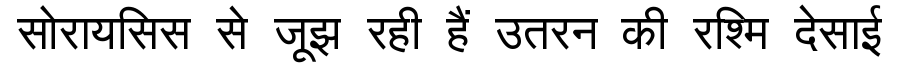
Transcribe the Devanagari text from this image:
सोरायसिस से जूझ रही हैं उतरन की रश्मि देसाई